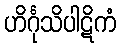
ဟိင်္ဂုသိပါဋိကံ